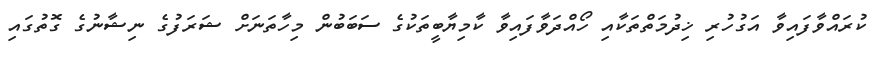
ކުރައްވާފައިވާ އަގުހުރި ޚިދުމަތްތަކާއި ހޯއްދަވާފައިވާ ކާމިޔާބީތަކުގެ ސަބަބުން މިހާތަނަށް ޝަރަފުގެ ނިޝާނުގެ ގޮތުގައި